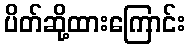
ပိတ်ဆို့ထားကြောင်း